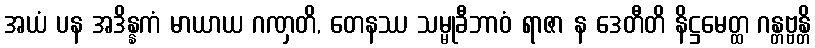
အယံ ပန အဒိန္နကံ မာယာယ ဂဏှတိ, တေနဿ သမ္မုခီဘာဝံ ရာဇာ န ဒေတီတိ နိဋ္ဌမေတ္ထ ဂန္တဗ္ဗန္တိ